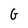
Character: G